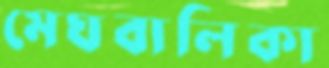
মেঘবালিকা